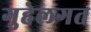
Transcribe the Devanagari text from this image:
गुहेलगत